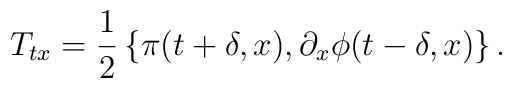
T_{tx} = {1 \over 2} \left\{ \pi(t+\delta,x),\partial_x \phi(t-\delta,x) \right\}.